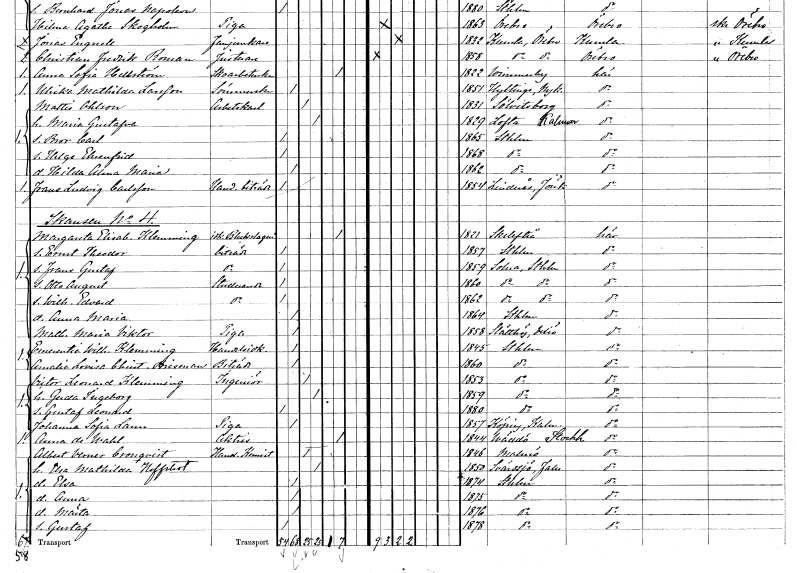
gt_parse: households: individuals: FN: Margareta Elisabeth
EN: Klemming
YRKE: Bleckslageriidkerska
KON: K
CIV: E
FODAR: 1821
FODFORS: Skellefteå Västerbottens län
FN: Ernst Theodor
YRKE: Biträde
KON: M
CIV: O
FODAR: 1857
FODFORS: Stockholm
FN: Frans Gustaf
YRKE: Biträde
KON: M
CIV: O
FODAR: 1859
FODFORS: Solna Stockholms län
FN: Otto August
YRKE: Studerande
KON: M
CIV: O
FODAR: 1860
FODFORS: Solna Stockholms län
FN: Wilhelm Edvard
YRKE: Studerande
KON: M
CIV: O
FODAR: 1862
FODFORS: Solna Stockholms län
FN: Anna Maria
KON: K
CIV: O
FODAR: 1864
FODFORS: Stockholm
FN: Mathilda Maria
EN: Viktor
YRKE: Piga
KON: K
CIV: O
FODAR: 1858
FODFORS: Slätthög Kronobergs län
FN: Emerentia Wilhelmina
EN: Klemming
YRKE: Handelsidkerska
KON: K
CIV: O
FODAR: 1845
FODFORS: Stockholm
FN: Amalia Lovisa Christina
EN: Brisman
YRKE: Biträde
KON: K
CIV: O
FODAR: 1860
FODFORS: Stockholm
FN: Victor Leonard
EN: Klemming
YRKE: Ingenjör
KON: M
CIV: G
FODAR: 1853
FODFORS: Stockholm
FN: Gerda Ingeborg
KON: K
CIV: G
FODAR: 1859
FODFORS: Stockholm
FN: Gustaf Leonard
KON: M
CIV: O
FODAR: 1880
FODFORS: Stockholm
FN: Johanna Sofia
EN: Lann
YRKE: Piga
KON: K
CIV: O
FODAR: 1857
FODFORS: Köping Kalmar län
FN: Anna
EN: de Wahl
YRKE: Aktris
KON: K
CIV: E
FODAR: 1844
FODFORS: Väddö Stockholms län
FN: Albert Verner
EN: Cronqvist
YRKE: Handlande Kemist
KON: M
CIV: G
FODAR: 1846
FODFORS: Malmö Malmöhus län
FN: Elsa Mathilda
EN: Hoffstedt
KON: K
CIV: G
FODAR: 1850
FODFORS: Svärdsjö Kopparbergs län
FN: Elsa
KON: K
CIV: O
FODAR: 1874
FODFORS: Stockholm
FN: Anna
KON: K
CIV: O
FODAR: 1875
FODFORS: Stockholm
FN: Märta
KON: K
CIV: O
FODAR: 1876
FODFORS: Stockholm
FN: Gustaf
KON: M
CIV: O
FODAR: 1878
FODFORS: Stockholm